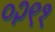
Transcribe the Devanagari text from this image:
०२९१